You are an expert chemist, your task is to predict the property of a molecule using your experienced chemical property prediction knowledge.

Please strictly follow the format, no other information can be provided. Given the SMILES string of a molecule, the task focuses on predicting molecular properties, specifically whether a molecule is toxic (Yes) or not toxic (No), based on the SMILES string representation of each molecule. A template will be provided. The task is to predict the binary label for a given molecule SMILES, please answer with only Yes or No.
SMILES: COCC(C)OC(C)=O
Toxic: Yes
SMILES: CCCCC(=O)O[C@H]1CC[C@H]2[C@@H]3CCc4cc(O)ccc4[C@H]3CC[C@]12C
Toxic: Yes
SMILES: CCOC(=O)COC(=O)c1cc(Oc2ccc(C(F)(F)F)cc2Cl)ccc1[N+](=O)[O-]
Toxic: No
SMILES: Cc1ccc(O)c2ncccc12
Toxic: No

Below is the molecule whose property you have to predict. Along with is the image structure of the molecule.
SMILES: Nc1ccc(Cl)c(Cl)c1
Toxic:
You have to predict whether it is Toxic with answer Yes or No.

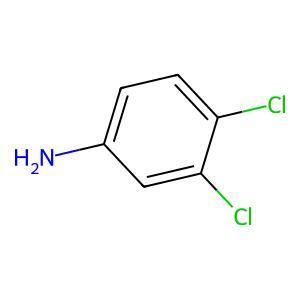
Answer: No